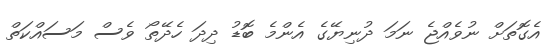
އެގޮތަށް ނުވެއްޖެ ނަމަ ދުނިޔޭގެ އެންމެ ބޮޑު ދިދަ ހެދޭތޯ ވެސް މަސައްކަތް